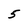
Character: 5